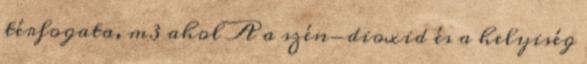
térfogata, m3 ahol A a szén-dioxid és a helyiség